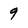
Character: 9